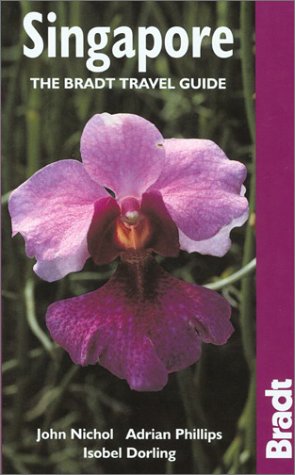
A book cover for Singapore: The Bradt Travel Guide; John Nicol; Travel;